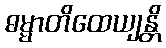
ဓမ္မာတိထေယျန္တိ